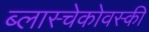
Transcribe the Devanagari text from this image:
ब्लास्चेकोवस्की